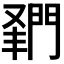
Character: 𨴦